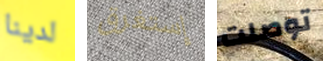
لدينا إستغرق توصلت